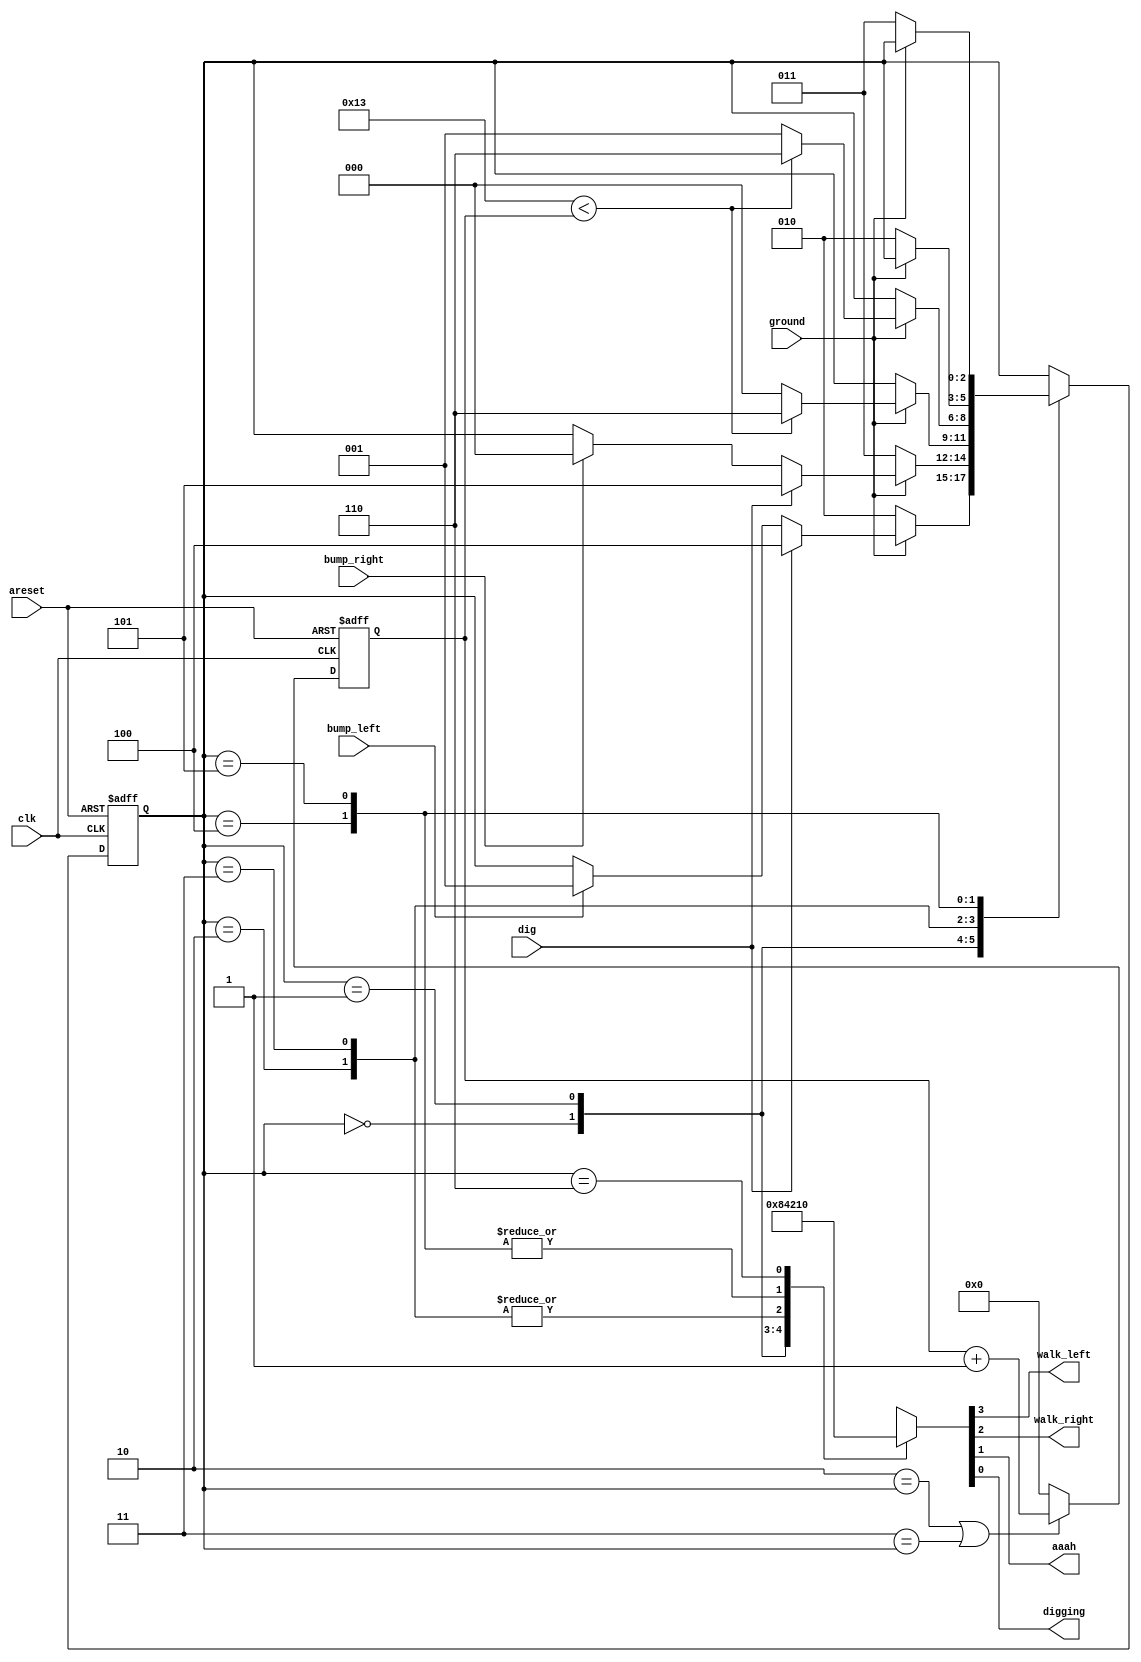
module top_module(
    input clk,
    input areset,    // Freshly brainwashed Lemmings walk left.
    input bump_left,
    input bump_right,
    input ground,
    input dig,
    output walk_left,
    output walk_right,
    output aaah,
    output digging );
    
    localparam 	LEFT=0, RIGHT=1, FALLINGLEFT=2, FALLINGRIGHT=3, DIGGINGLEFT=4, DIGGINGRIGHT=5,SPLAT=6;
    reg [2:0] 	state, next_state;
    
    reg[6:0]	counter;
    wire maxvalue;
    assign maxvalue = ( 6'd19 < counter );

    always @(*) begin
        // State transition logic
        case ( state )
            LEFT:			next_state = ( ~ground ) ? FALLINGLEFT : ( dig ? DIGGINGLEFT : ( bump_left ? RIGHT : state ) );
            RIGHT:			next_state = ( ~ground ) ? FALLINGRIGHT: ( dig ? DIGGINGRIGHT : ( bump_right ? LEFT : state ) );
            FALLINGLEFT:	next_state = ground  ? ( ( maxvalue ) ? SPLAT : LEFT) : state;
            FALLINGRIGHT:	next_state = ground  ? ( ( maxvalue ) ? SPLAT : RIGHT) : state;
            DIGGINGLEFT:	next_state = ( ~ground ) ? FALLINGLEFT : state;
            DIGGINGRIGHT:	next_state = ( ~ground ) ? FALLINGRIGHT : state;
            SPLAT:			next_state = state;
            default:
                			next_state = state;
        endcase
    end
    
    always @ ( posedge clk, posedge areset ) begin
        if ( areset ) begin
            counter <= 6'd0;
        end
        else if ( (FALLINGLEFT == state) || (FALLINGRIGHT == state) )
            counter <= counter + 6'd1;
        else 
            counter <= 6'd0;
    end

    always @(posedge clk, posedge areset) begin
        // State flip-flops with asynchronous reset
        if ( areset )
            state <= LEFT;
		else
            state <= next_state;
    end

    always @ (*) begin
        case ( state )
            LEFT:			{walk_left, walk_right, aaah, digging} = 4'b1000;
            RIGHT:			{walk_left, walk_right, aaah, digging} = 4'b0100;
            FALLINGLEFT:	{walk_left, walk_right, aaah, digging} = 4'b0010;
            FALLINGRIGHT:	{walk_left, walk_right, aaah, digging} = 4'b0010;
            DIGGINGLEFT:	{walk_left, walk_right, aaah, digging} = 4'b0001;
            DIGGINGRIGHT:	{walk_left, walk_right, aaah, digging} = 4'b0001;
            SPLAT:			{walk_left, walk_right, aaah, digging} = 4'b0000;
            default:		{walk_left, walk_right, aaah, digging} = 'x;
        endcase
    end

endmodule